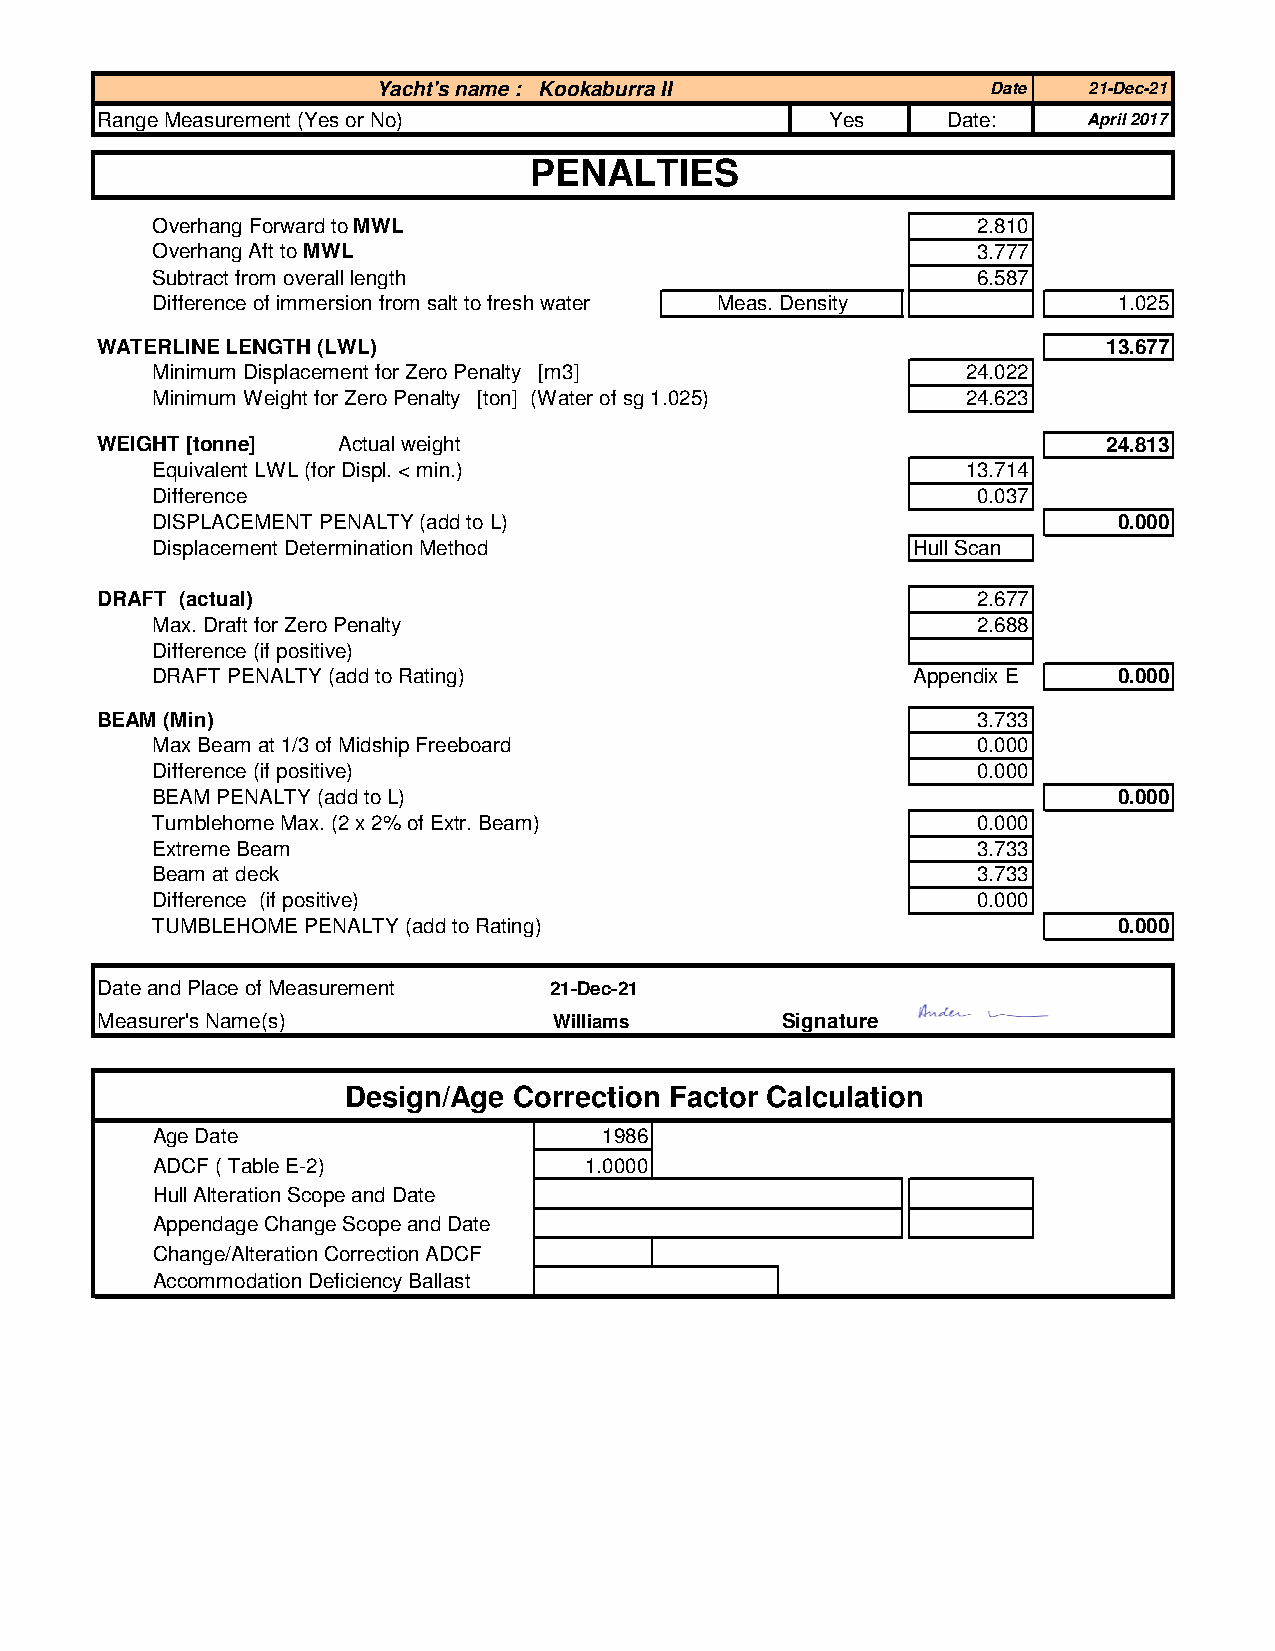
Yacht's name : Kookaburra II             Date  21-Dec-21
 Range Measurement (Yes or No)                    Yes     Date:    April 2017
 PENALTIES
 Overhang Forward to MWL                                2.810
 Overhang Aft to MWL                                    3.777
 Subtract from overall length                           6.587
 Difference of immersion from salt to fresh water Meas. Density  1.025
 WATERLINE LENGTH (LWL)                                             13.677
 Minimum Displacement for Zero Penalty [m3]            24.022
 Minimum Weight for Zero Penalty [ton] (Water of sg 1.025) 24.623
 WEIGHT [tonne]  Actual weight                                      24.813
 Equivalent LWL (for Displ. < min.)                    13.714
 Difference                                             0.037
 DISPLACEMENT PENALTY (add to L)                                 0.000
 Displacement Determination Method                 Hull Scan
 DRAFT (actual)                                             2.677
 Max. Draft for Zero Penalty                            2.688
 Difference (if positive)
 DRAFT PENALTY (add to Rating)                     Appendix E    0.000
 BEAM (Min)                                                 3.733
 Max Beam at 1/3 of Midship Freeboard                   0.000
 Difference (if positive)                               0.000
 BEAM PENALTY (add to L)                                         0.000
 Tumblehome Max. (2 x 2% of Extr. Beam)                 0.000
 Extreme Beam                                           3.733
 Beam at deck                                           3.733
 Difference (if positive)                               0.000
 TUMBLEHOME PENALTY (add to Rating)                              0.000
 Date and Place of Measurement 21-Dec-21
 Measurer's Name(s)             Williams       Signature
 Design/Age Correction Factor Calculation
 Age Date                      1986
 ADCF ( Table E-2)            1.0000
 Hull Alteration Scope and Date
 Appendage Change Scope and Date
 Change/Alteration Correction ADCF
 Accommodation Deficiency Ballast